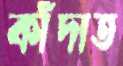
কাঁদাত